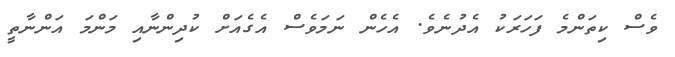
ވެސް ކިތަންމެ ފަހަރަކު އެދުނެވެ. އެހެން ނަމަވެސް އެގެއަށް ކުދިންނާއި މަންމަ އަންނާތީ